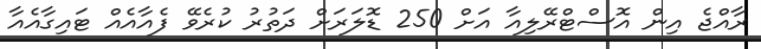
ރާއްޖެ އިން އޮސްޓްރޭލިއާ އަށް 250 ޑޮލަރަށް ދަތުރު ކުރެވޭ ފެއާއެއް ޓައިގާއެއާ